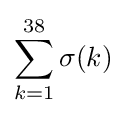
\sum _{k=1}^{38}\sigma (k)